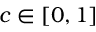
c \in [ 0 , 1 ]